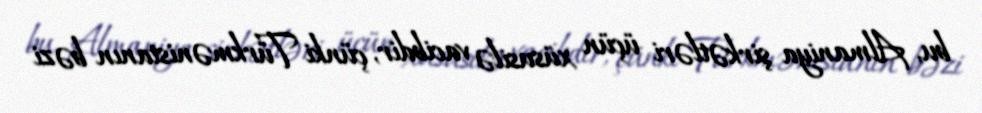
bu, Almaniya şirkətləri üçün xüsusilə vacibdir, çünki Türkmənistanın bəzi